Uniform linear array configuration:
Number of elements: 48
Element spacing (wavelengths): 1
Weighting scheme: blackman
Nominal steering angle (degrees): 30
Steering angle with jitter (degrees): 28.901
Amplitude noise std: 0.05
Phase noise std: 0.05

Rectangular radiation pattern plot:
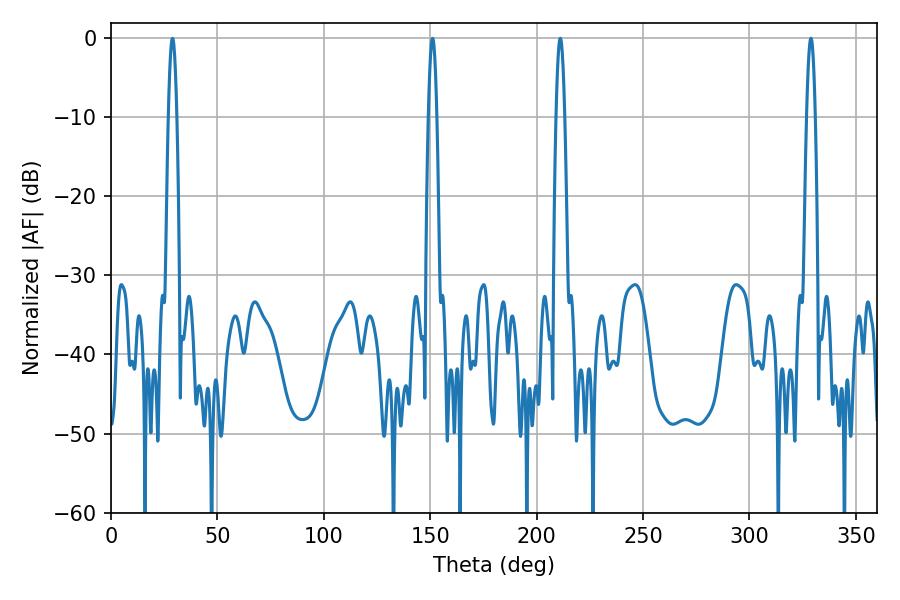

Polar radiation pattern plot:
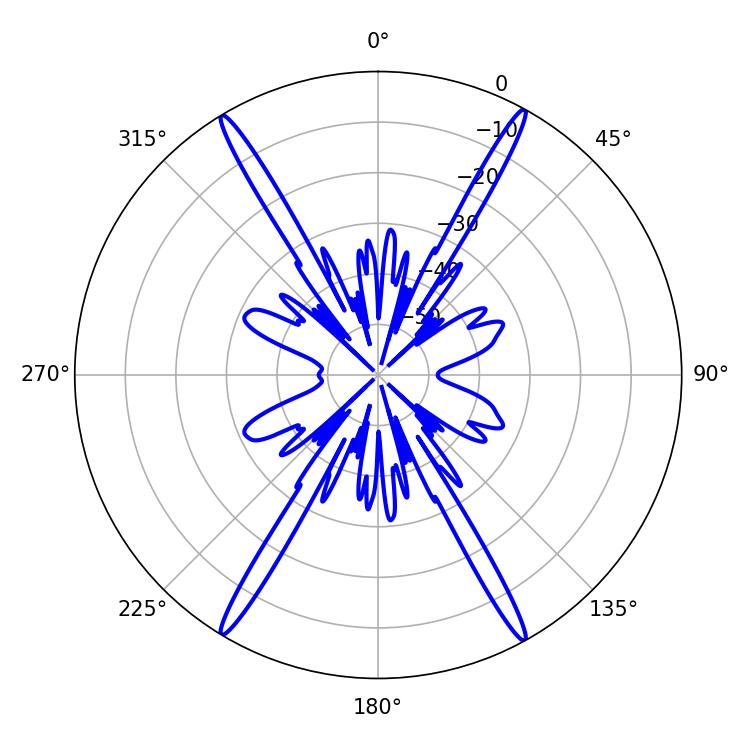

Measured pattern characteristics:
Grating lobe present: TRUE
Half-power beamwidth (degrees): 2.16
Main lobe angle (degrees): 328.86